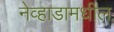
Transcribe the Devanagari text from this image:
नेव्हाडामधील